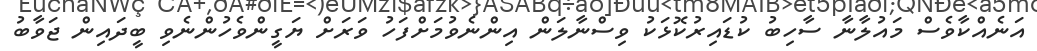
އަނެއްކާވެސް މައުލާނާ ސާހިބު ކުޑައިރުކޮޅަކު ވިސްނާލަން އިންނެވުމަށްފަހު ވަރަށް ޔަގީންވެހުންނެވި ބީދައިން ޖަވާބު